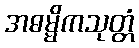
အဓမ္မိကသုတ္တံ